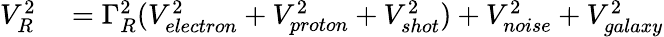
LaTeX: \begin{array}{rl}{{V_{R}^{2}}}&{{}={\Gamma_{R}^{2}}({V_{electron}^{2}}+{V_{proton}^{2}}+{V_{shot}^{2}})+{V_{noise}^{2}}+{V_{galaxy}^{2}}}\end{array}